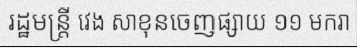
រដ្ឋមន្ត្រី វេង សាខុនចេញផ្សាយ ១១ មករា